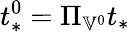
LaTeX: t_{*}^{0}=\Pi_{\mathbb{V}^{0}}t_{*}